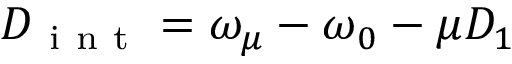
D _ { \mathrm { ~ i ~ n ~ t ~ } } = \omega _ { \mu } - \omega _ { 0 } - \mu D _ { 1 }